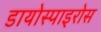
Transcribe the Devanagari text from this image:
डायोस्पाइरोस